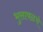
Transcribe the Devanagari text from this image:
भुसावळचे